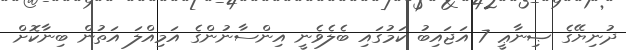
ދުނިޔޭގެ ޞިނާޢީ 7 އަޖައިބު ކަމުގައި ބެލެވެނީ އިންސާނުންގެ އަމިއްލަ އަތުން ބިނާކޮށް